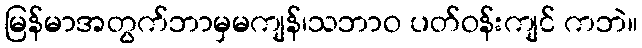
မြန်မာအတွက်ဘာမှမကျန်၊သဘာဝ ပတ်ဝန်းကျင် ကဘဲ။